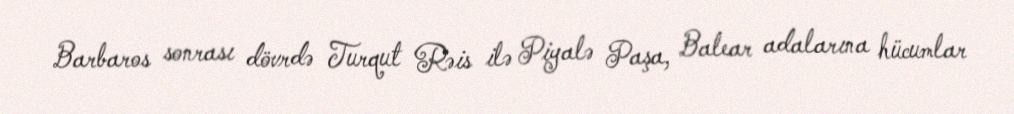
Barbaros sonrası dövrdə Turqut Rəis ilə Piyalə Paşa, Balear adalarına hücumlar